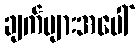
ချက်များအပေါ်